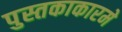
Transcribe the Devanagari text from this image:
पुस्तकाकारमे